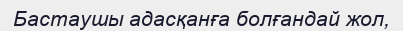
Бастаушы адасқанға болғандай жол,